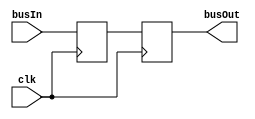
module metastability_register_N
#( parameter busWidth = 1
)
(
input  clk,
input  [busWidth-1:0] busIn,
output [busWidth-1:0] busOut
);

reg [busWidth-1:0] busTemp1 = 1;
reg [busWidth-1:0] busTemp2 = 1;

assign busOut = busTemp2;

	always @(posedge clk)
	begin
		busTemp1 <= busIn;
		busTemp2 <= busTemp1;
	end
	
endmodule